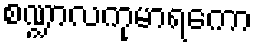
စဏ္ဍာလကုမာရကော